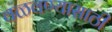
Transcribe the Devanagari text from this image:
वळवण्यासाठी